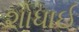
શોધાઈ